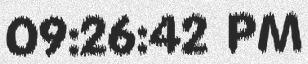
09:26:42 PM